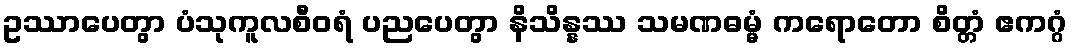
ဥဿာပေတွာ ပံသုကူလစီဝရံ ပညပေတွာ နိသိန္နဿ သမဏဓမ္မံ ကရောတော စိတ္တံ ဧကဂ္ဂံ